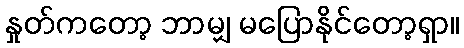
နှုတ်ကတော့ ဘာမျှ မပြောနိုင်တော့ရှာ။